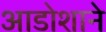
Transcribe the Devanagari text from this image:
आडोशाने